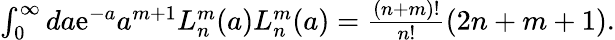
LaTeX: \begin{array}{r}{\int_{0}^{\infty}da\mathrm{e}^{-a}a^{m+1}L_{n}^{m}(a)L_{n}^{m}(a)=\frac{(n+m)!}{n!}(2n+m+1).}\end{array}